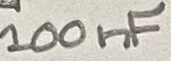
Text: 100nF